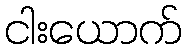
ငါးယောက်